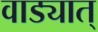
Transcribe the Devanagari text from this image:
वाड्यात्